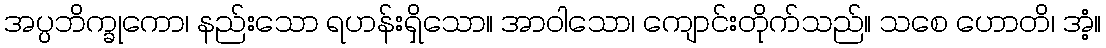
အပ္ပဘိက္ခုကော၊ နည်းသော ရဟန်းရှိသော။ အာဝါသော၊ ကျောင်းတိုက်သည်။ သစေ ဟောတိ၊ အံ့။